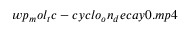
w p _ { m } o l _ { t } c - c y c l o _ { o } n _ { d } e c a y 0 . m p 4